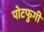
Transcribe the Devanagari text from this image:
पोटफुगी